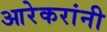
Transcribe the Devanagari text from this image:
आरेकरांनी